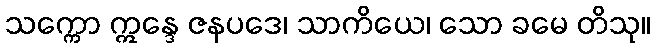
သက္ကော ဣန္ဒေ ဇနပဒေ၊ သာကိယေ၊ သော ခမေ တိသု။